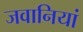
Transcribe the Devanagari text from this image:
जवानियां